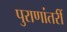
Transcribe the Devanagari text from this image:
पुराणांतरीं